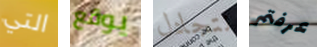
التي يوقع نتجادل عرفتم